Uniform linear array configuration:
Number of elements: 48
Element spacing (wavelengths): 0.5
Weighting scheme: hann
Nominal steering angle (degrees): -60
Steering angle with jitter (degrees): -60.279
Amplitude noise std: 0.05
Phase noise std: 0.05

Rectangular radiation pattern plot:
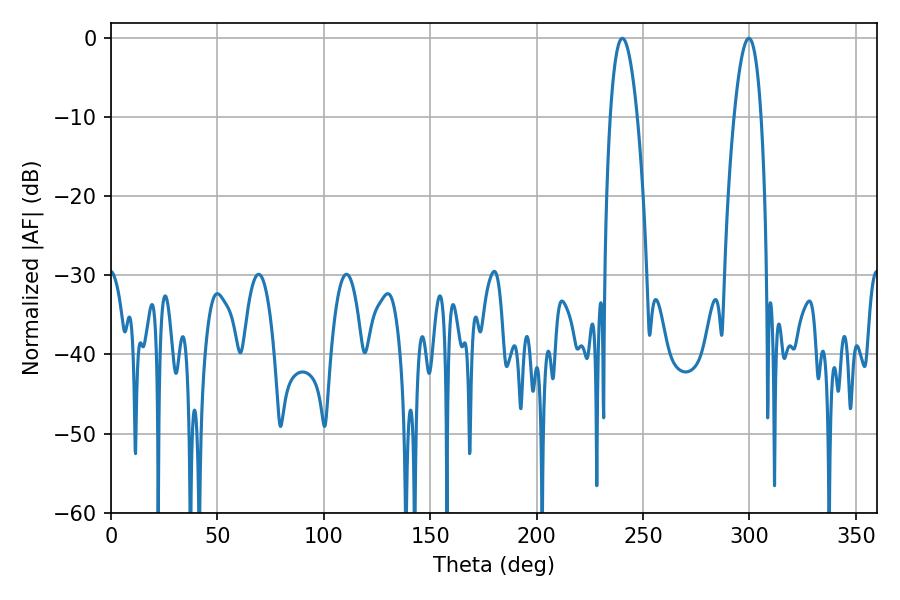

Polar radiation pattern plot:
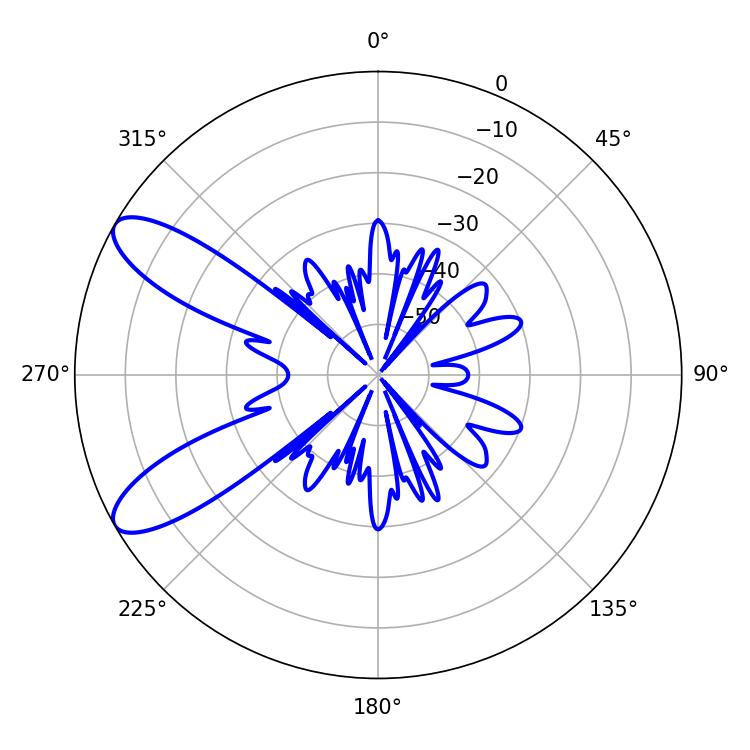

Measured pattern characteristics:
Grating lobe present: FALSE
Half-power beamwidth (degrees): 6.84
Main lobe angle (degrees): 240.3